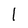
Character: l